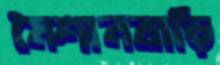
মৈশানবাড়ি